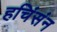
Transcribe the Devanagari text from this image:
हचिंसंन